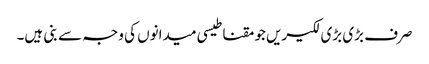
صرف بڑی بڑی لکیریں جو مقناطیسی میدانوں کی وجہ سے بنی ہیں۔